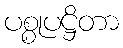
ပစ္စုပဋ္ဌိတာ